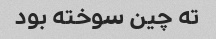
ته چین سوخته بود